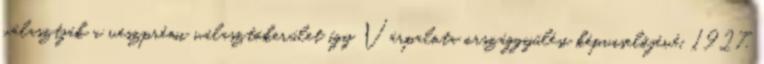
választják a veszprémi választókerület így Várpalota országgyűlési képviselőjévé. 1927.